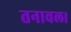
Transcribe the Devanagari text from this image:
तनावल।